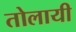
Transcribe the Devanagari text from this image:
तोलायी